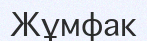
Жұмфак